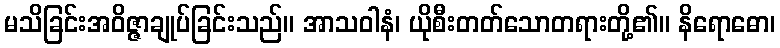
မသိခြင်းအဝိဇ္ဇာချုပ်ခြင်းသည်။ အာသဝါနံ၊ ယိုစီးတတ်သောတရားတို့၏။ နိရောဓော၊